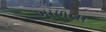
ખાળવા